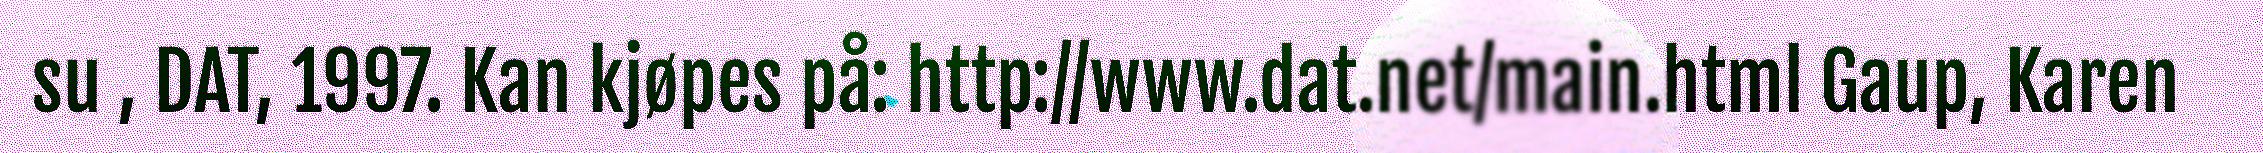
su , DAT, 1997. Kan kjøpes på: http://www.dat.net/main.html Gaup, Karen